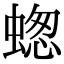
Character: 䗓